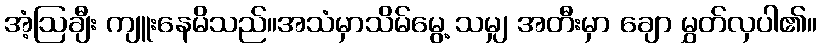
အံ့ဩချီး ကျူးနေမိသည်။အသံမှာသိမ်မွေ့ သမျှ အတီးမှာ ချော မွှတ်လှပါ၏။